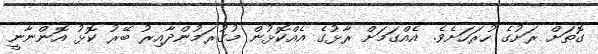
ގޮތަށް ރަށުގެ ހުރަހަށެވެ. އެއްގަމަށް ރާޅުގެ އެއްކޮޅުން މުގުރަމުންދާއިރު ބޭރު ކޮޅު އޮންނާނީ